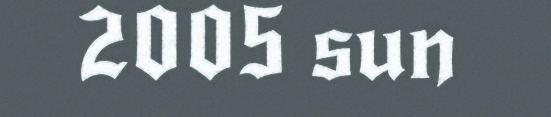
2005 sun